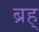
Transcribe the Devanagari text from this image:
ब्रह्